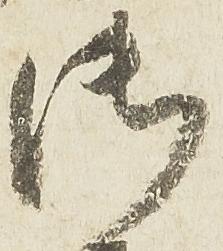
御